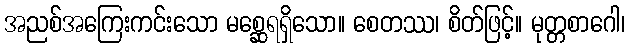
အညစ်အကြေးကင်းသော မစ္ဆေရရှိသော။ စေတဿ၊ စိတ်ဖြင့်။ မုတ္တစာဂေါ၊